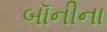
બૉનીના